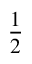
\frac { 1 } { 2 }